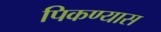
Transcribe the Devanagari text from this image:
पिकण्यास